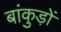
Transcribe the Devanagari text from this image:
बांकुड़ों